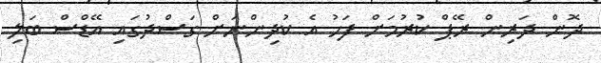
ދޮން ދަރިން ރޭޕް ކުރުމަށް ފަހު އެ ކުދިންނަށް ގަސްދުގައި އޭޑްސް ބަލި